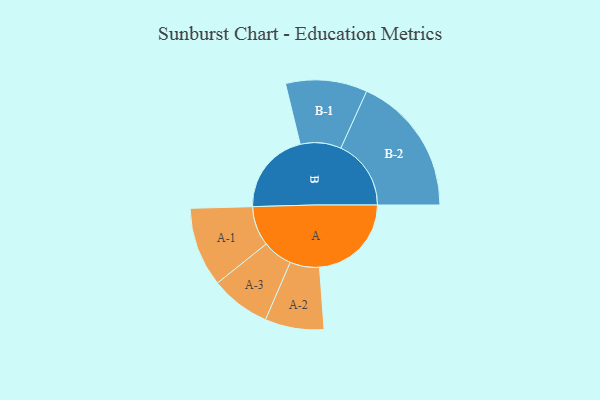
{"axis": {"x": "Segment", "y": "Value"}, "legend": ["", "A", "B"], "data": [{"x": "A", "y": 365, "type": ""}, {"x": "B", "y": 331, "type": ""}, {"x": "A-1", "y": 158, "type": "A"}, {"x": "A-2", "y": 117, "type": "A"}, {"x": "A-3", "y": 119, "type": "A"}, {"x": "B-1", "y": 162, "type": "B"}, {"x": "B-2", "y": 279, "type": "B"}]}